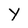
Character: Y